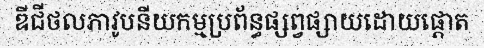
ឌីជីថលភាវូបនីយកម្មប្រព័ន្ធផ្សព្វផ្សាយដោយផ្តោត